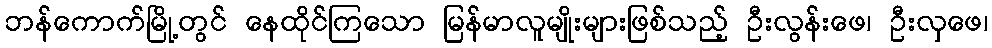
ဘန်ကောက်မြို့တွင် နေထိုင်ကြသော မြန်မာလူမျိုးများဖြစ်သည့် ဦးလွန်းဖေ၊ ဦးလှဖေ၊